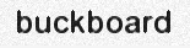
buckboard